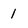
Character: 1